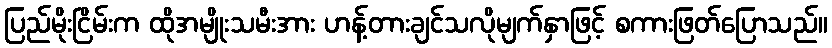
ပြည်မိုးငြိမ်းက ထိုအမျိုးသမီးအား ဟန့်တားချင်သလိုမျက်နှာဖြင့် စကားဖြတ်ပြောသည်။